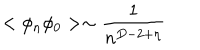
< \phi _ { n } \phi _ { 0 } > \sim \frac { 1 } { n ^ { D - 2 + \eta } }